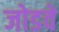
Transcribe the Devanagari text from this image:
जोडवे